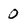
Character: 0